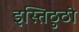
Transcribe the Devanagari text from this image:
इस्तिठुठो